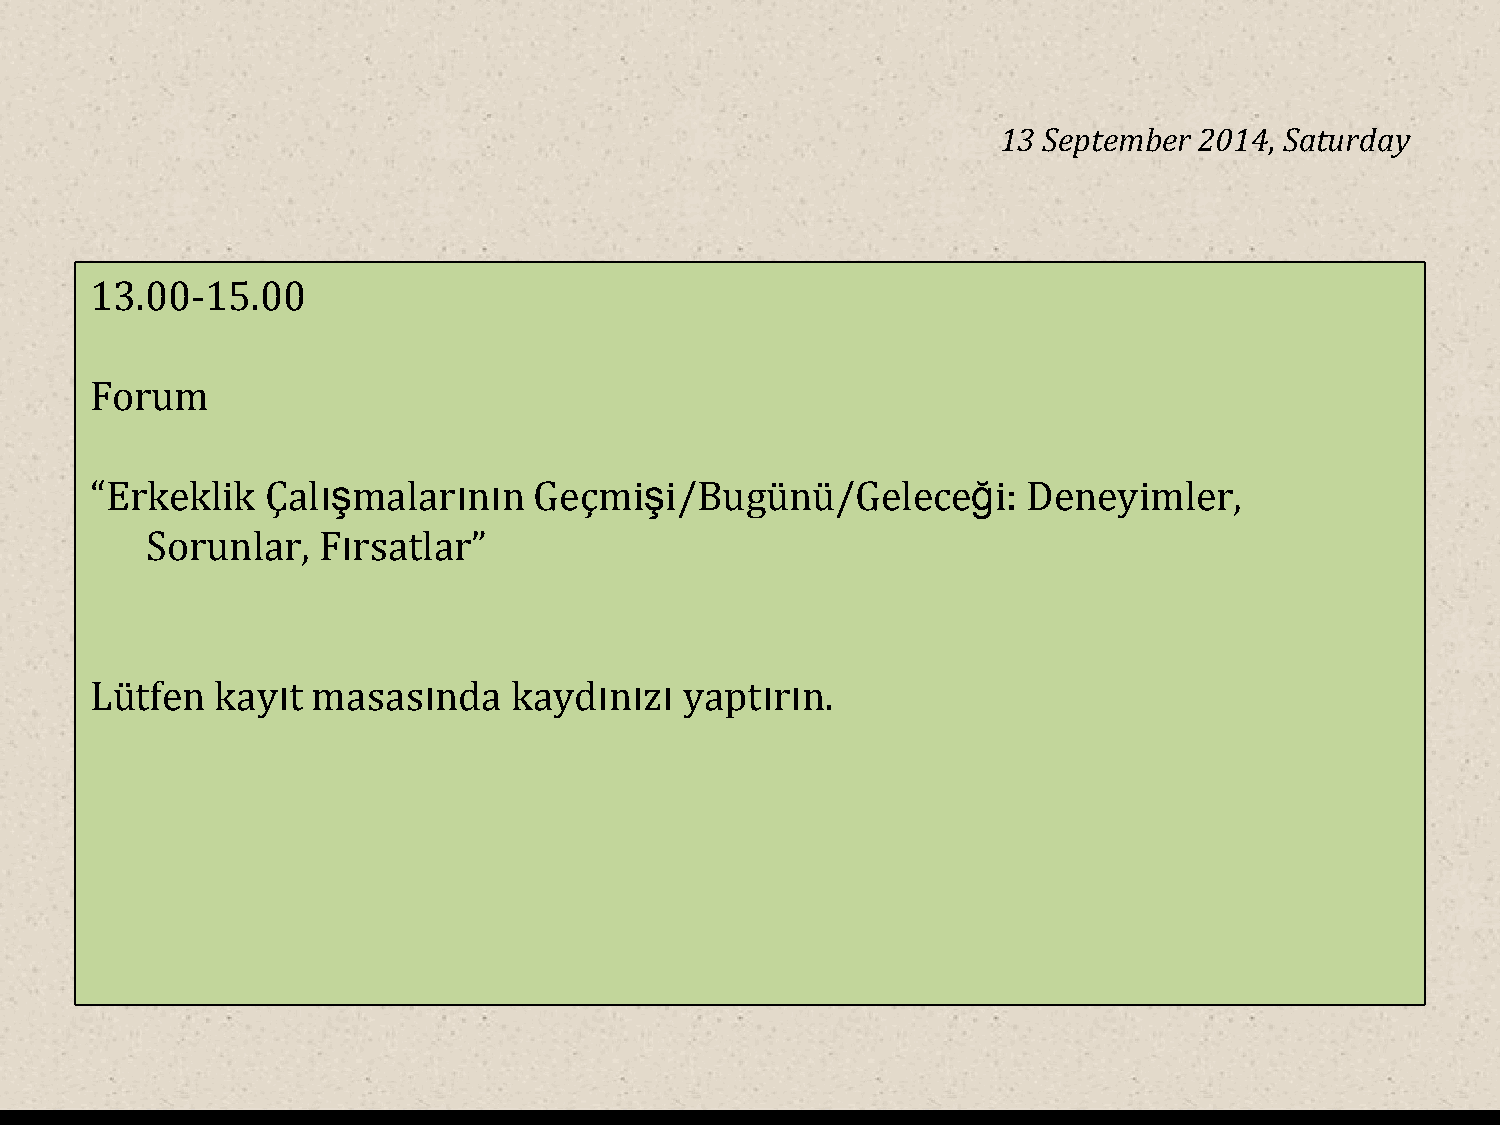
13 September 2014, Saturday
 13.00-15.00
 Forum
 “Erkeklik   Çalışmalarının   Geçmişi/Bugünü/Geleceği:         Deneyimler,
 Sorunlar,  Fırsatlar”
 Lütfen  kayıt  masasında    kaydınızı  yaptırın.